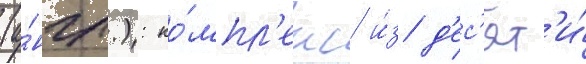
(а́нгл.): ко́мпл'екс и́з д'ес'ят'и́